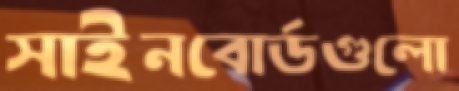
সাইনবোর্ডগুলো